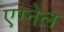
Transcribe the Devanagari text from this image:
एग्नेल